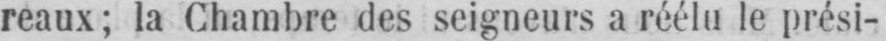
reaux; la Chambre des seigneurs a réélu le prési-